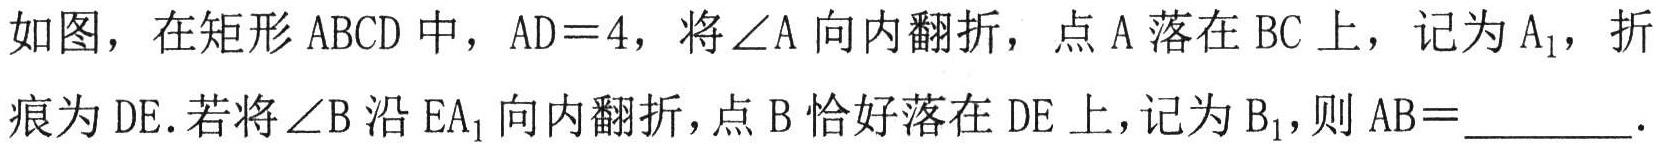
如图，在矩形 \(ABCD\) 中，\(AD = 4\)，将\(\angle A\)向内翻折，点 \(A\) 落在 \(BC\) 上，记为 \(A_{1}\)，折痕为 \(DE\). 若将\(\angle B\)沿 \(EA_{1}\)向内翻折，点 \(B\) 恰好落在 \(DE\) 上，记为 \(B_{1}\)，则 \(AB =\underline{\quad\quad}\).